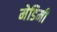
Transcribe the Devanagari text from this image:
मेडिमी